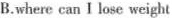
B.where can I lose weight